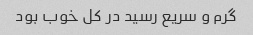
گرم و سریع رسید در کل خوب بود